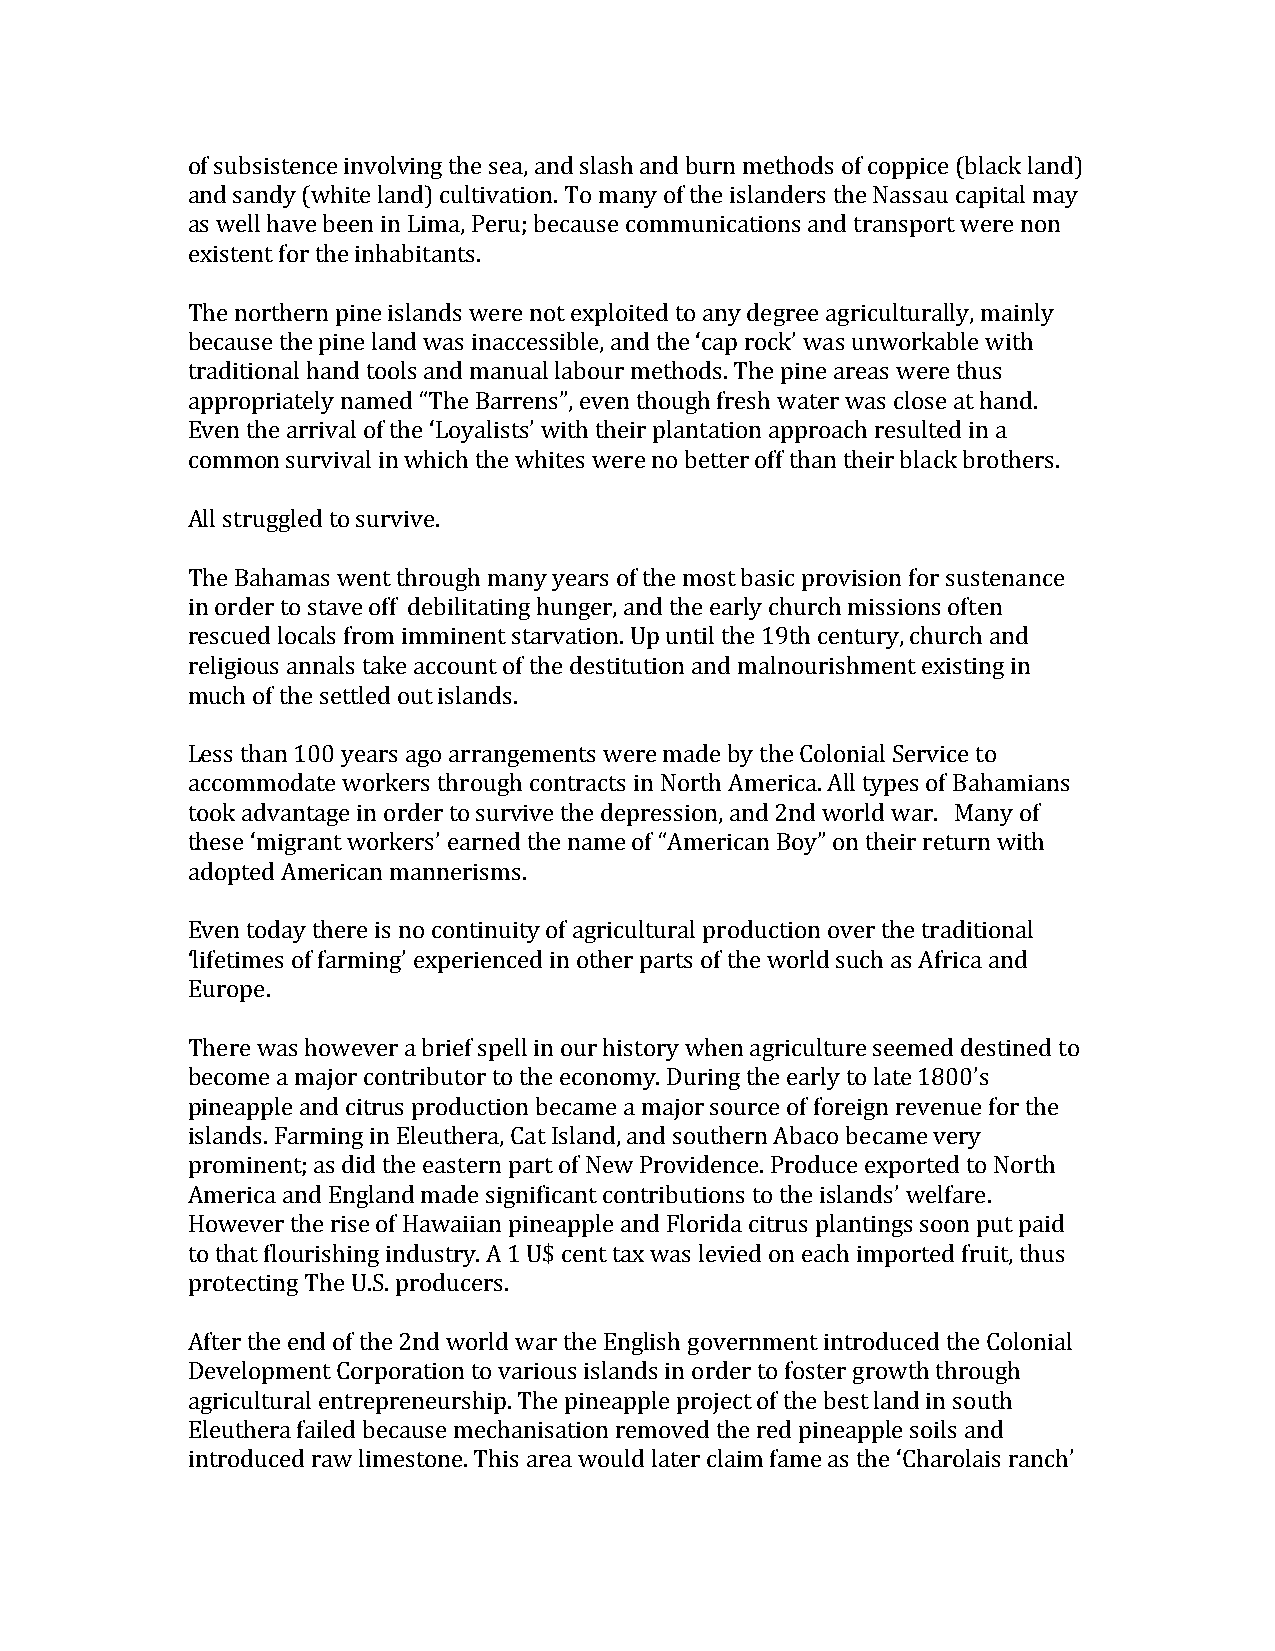
of subsistence involving the sea, and slash and burn methods of coppice (black land)
 and sandy (white land) cultivation. To many of the islanders the Nassau capital may
 as well have been in Lima, Peru; because communications and transport were non
 existent for the inhabitants.
 The northern pine islands were not exploited to any degree agriculturally, mainly
 because the pine land was inaccessible, and the ‘cap rock’ was unworkable with
 traditional hand tools and manual labour methods. The pine areas were thus
 appropriately named “The Barrens”, even though fresh water was close at hand.
 Even the arrival of the ‘Loyalists’ with their plantation approach resulted in a
 common survival in which the whites were no better off than their black brothers.
 All struggled to survive.
 The Bahamas went through many years of the most basic provision for sustenance
 in order to stave off debilitating hunger, and the early church missions often
 rescued locals from imminent starvation. Up until the 19th century, church and
 religious annals take account of the destitution and malnourishment existing in
 much of the settled out islands.
 Less than 100 years ago arrangements were made by the Colonial Service to
 accommodate workers through contracts in North America. All types of Bahamians
 took advantage in order to survive the depression, and 2nd world war. Many of
 these ‘migrant workers’ earned the name of “American Boy” on their return with
 adopted American mannerisms.
 Even today there is no continuity of agricultural production over the traditional
 ‘lifetimes of farming’ experienced in other parts of the world such as Africa and
 Europe.
 There was however a brief spell in our history when agriculture seemed destined to
 become a major contributor to the economy. During the early to late 1800’s
 pineapple and citrus production became a major source of foreign revenue for the
 islands. Farming in Eleuthera, Cat Island, and southern Abaco became very
 prominent; as did the eastern part of New Providence. Produce exported to North
 America and England made significant contributions to the islands’ welfare.
 However the rise of Hawaiian pineapple and Florida citrus plantings soon put paid
 to that flourishing industry. A 1 U$ cent tax was levied on each imported fruit, thus
 protecting The U.S. producers.
 After the end of the 2nd world war the English government introduced the Colonial
 Development Corporation to various islands in order to foster growth through
 agricultural entrepreneurship. The pineapple project of the best land in south
 Eleuthera failed because mechanisation removed the red pineapple soils and
 introduced raw limestone. This area would later claim fame as the ‘Charolais ranch’